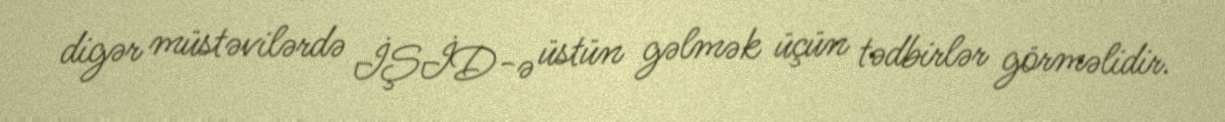
digər müstəvilərdə İŞİD-ə üstün gəlmək üçün tədbirlər görməlidir.